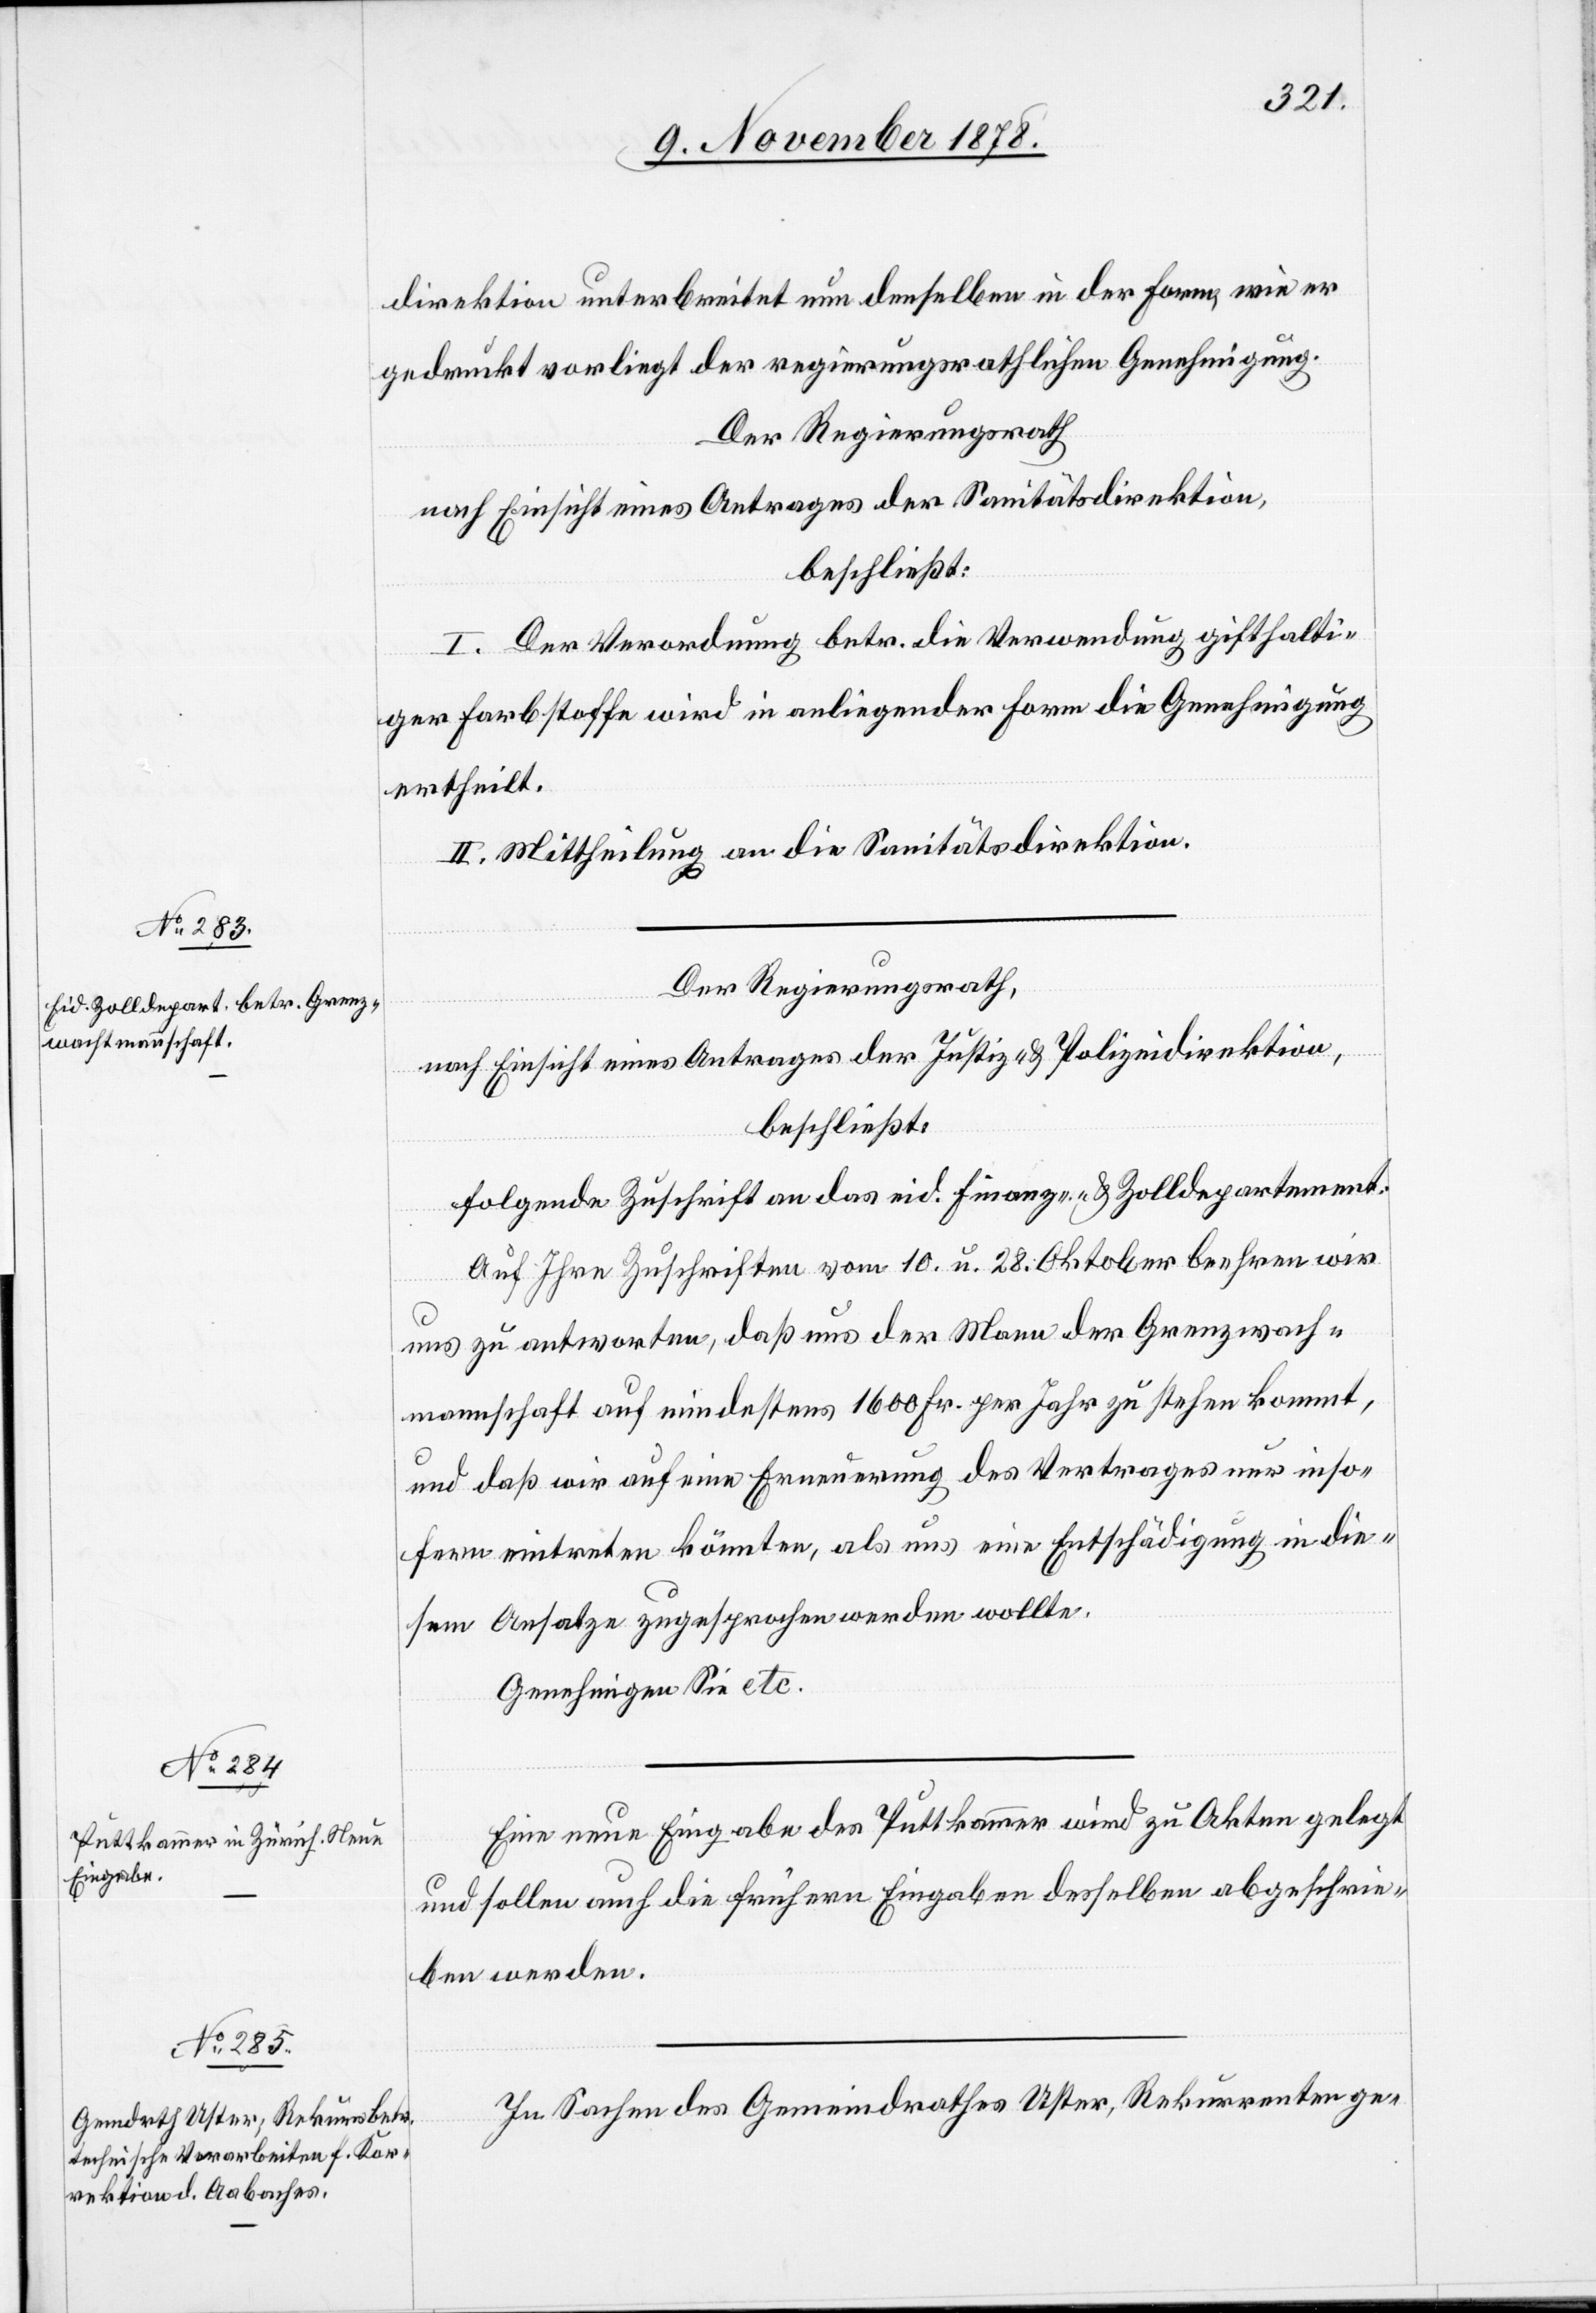
direktion unterbreitet nun denselben in der Form, wie er
gedruckt vorliegt der regierungsräthlichen Genehmigung.
Der Regierungsrath
nach Einsicht eines Antrages der Sanitätsdirektion,
beschließt:
I. Der Verordnung betr. die Verwendung gifthalti¬
ger Farbstoffe wird in anliegender Form die Genehmigung
ertheilt.
II. Mittheilung an die Sanitätsdirektion.
Der Regierungsrath,
nach Einsicht eines Antrages der Justiz- & Polizeidirektion,
beschließt:
Folgende Zuschrift an das eid. Finanz- & Zolldepartement:
Auf Ihre Zuschriften vom 10. u. 28. Oktober beehren wir
uns zu antworten, daß uns der Mann der Grenzwach¬
mannschaft auf mindestens 1600 Fr. per Jahr zu stehen kommt,
und daß wir auf eine Erneuerung des Vertrages nur inso¬
fern eintreten könnten, als uns eine Entschädigung in die¬
sem Ansatze zugesprochen werden wollte.
Genehmigen Sie etc.
Eine neue Eingabe des Puttkammer wird zu Akten gelegt
und sollen auch die frühern Eingaben desselben abgeschrie¬
ben werden.
In Sachen des Gemeindrathes Uster, Rekurrenten ge-